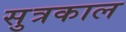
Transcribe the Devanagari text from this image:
सुत्रकाल